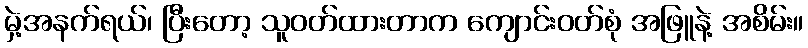
မှဲ့အနက်ရယ်၊ ပြီးတော့ သူဝတ်ထားတာက ကျောင်းဝတ်စုံ အဖြူနဲ့ အစိမ်း။